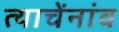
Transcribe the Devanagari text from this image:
त्याचेंनांव